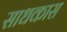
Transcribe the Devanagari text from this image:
साधकास